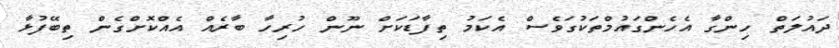
ދައުލަތް ހިންގާ އެހެންގައުމްތަކުގަވެސް އެކަމު ތިފާޑަކަށް ނޫން ހުރިހާ ބާރެއް އެއްކޮށްގެން ތިބޭފުޅާ